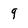
Character: 9